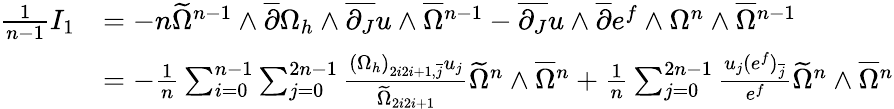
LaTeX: \begin{array}{rl}{\frac{1}{n-1}I_{1}}&{=-n\widetilde{\Omega}^{n-1}\wedge\overline{{\partial}}\Omega_{h}\wedge\overline{{\partial_{J}}}u\wedge\overline{{\Omega}}{\mathstrut}^{n-1}-\overline{{\partial_{J}}}u\wedge\overline{{\partial}}e^{f}\wedge\Omega^{n}\wedge\overline{{\Omega}}{\mathstrut}^{n-1}}\\ &{=-\frac{1}{n}\sum_{i=0}^{n-1}\sum_{j=0}^{2n-1}\frac{(\Omega_{h})_{2i2i+1,\overline{{j}}}u_{j}}{\widetilde{\Omega}_{2i2i+1}}\widetilde{\Omega}^{n}\wedge\overline{{\Omega}}{\mathstrut}^{n}+\frac{1}{n}\sum_{j=0}^{2n-1}\frac{u_{j}(e^{f})_{\overline{{j}}}}{e^{f}}\widetilde{\Omega}^{n}\wedge\overline{{\Omega}}{\mathstrut}^{n}}\end{array}